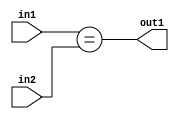
`timescale 1ps / 1ps
/*****************************************************************************
    Verilog RTL Description
    
    
    Created by: Stratus DpOpt 2019.1.01 
*******************************************************************************/

module pw_feature_addr_gen_Equal_16Ux5U_1U_4_1 (
	in2,
	in1,
	out1
	); /* architecture "behavioural" */ 
input [15:0] in2;
input [4:0] in1;
output  out1;
wire  asc001;

assign asc001 = (in1==in2);

assign out1 = asc001;
endmodule

/* CADENCE  ubDySws= : u9/ySgnWtBlWxVPRXgAZ4Og= ** DO NOT EDIT THIS LINE ******/